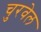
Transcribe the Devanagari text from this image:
चुरवेल